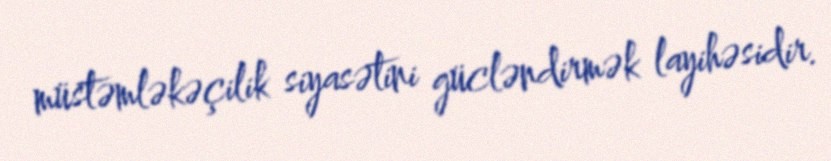
müstəmləkəçilik siyasətini gücləndirmək layihəsidir.